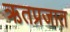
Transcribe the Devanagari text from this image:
ऋतप्रजात